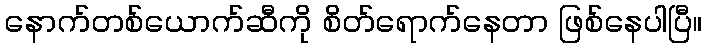
နောက်တစ်ယောက်ဆီကို စိတ်ရောက်နေတာ ဖြစ်နေပါပြီ။